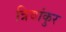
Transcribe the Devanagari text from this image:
त्रिवांकुर